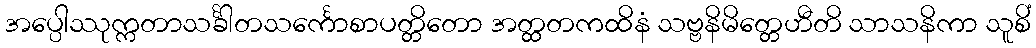
အပ္ပေါဿုက္ကတာသင်္ခါတသင်္ကောစာပတ္တိတော အတ္ထတကထိနံ သဗ္ဗနိမိတ္တေဟီတိ သာသနိကာ သူစိံ